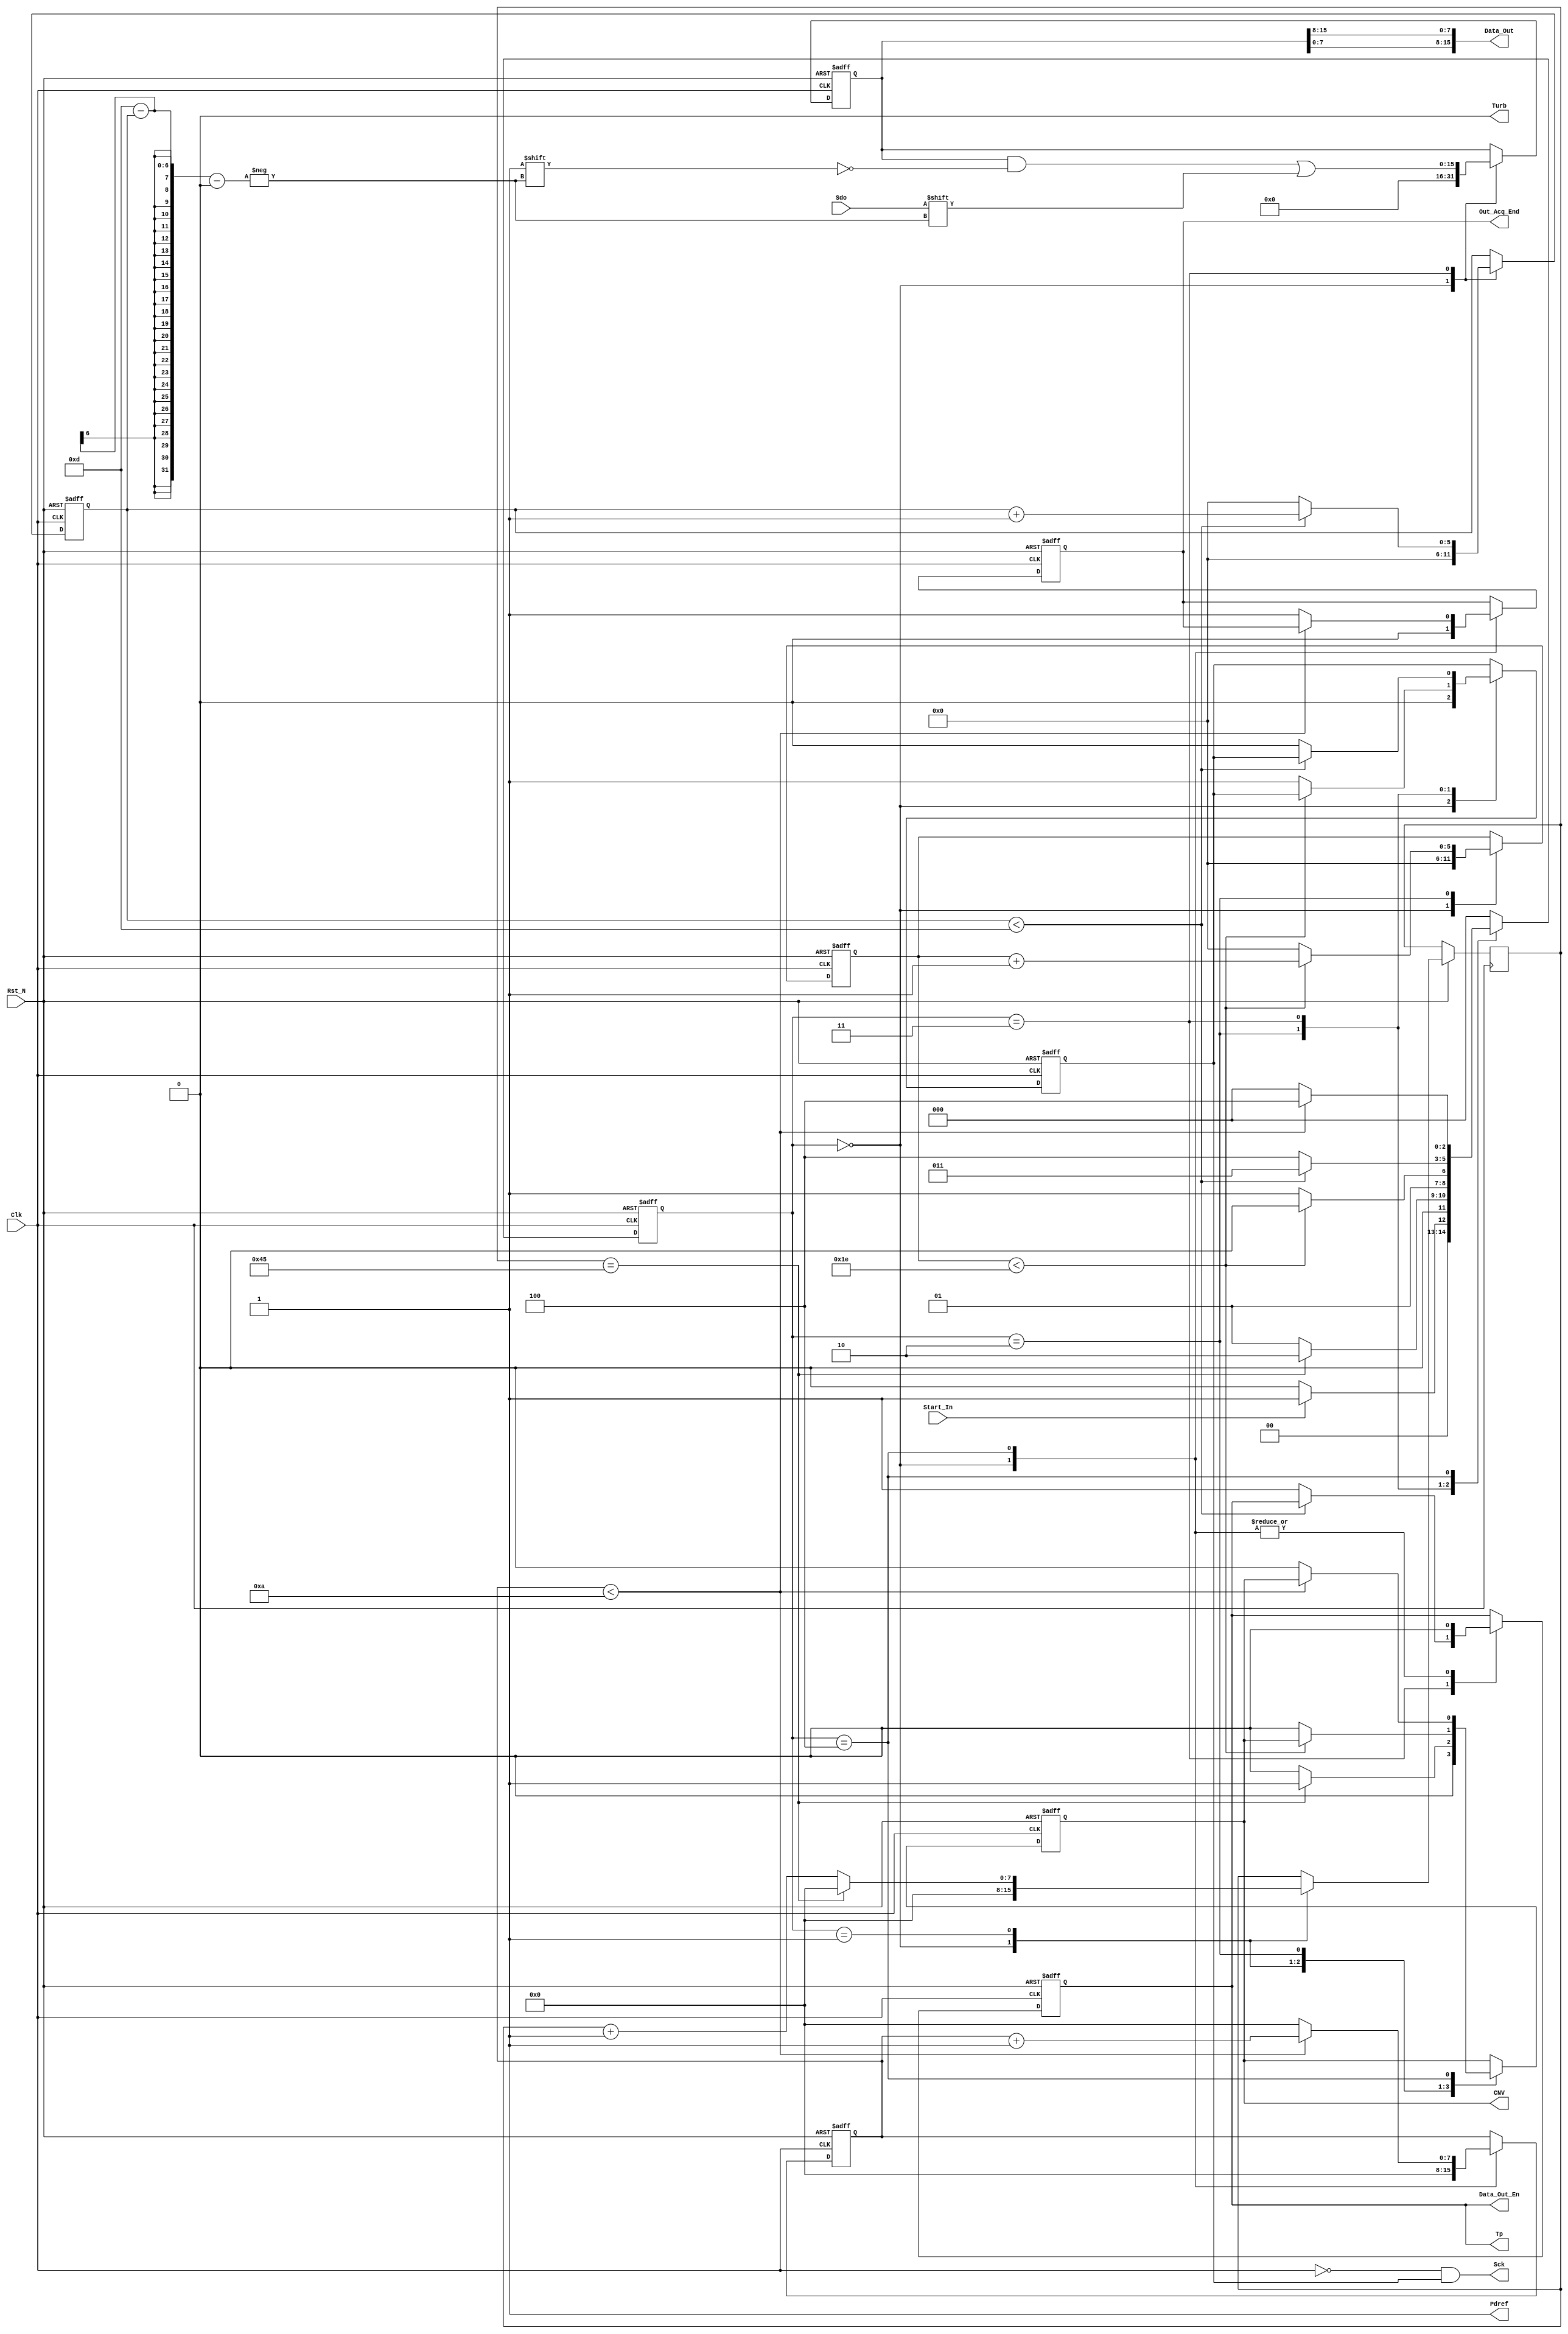
//Module of AD7944 acquicision controller
//Actel FPGA Smartfusion2 M2S050 FG484
//University of Science and Technology of China
//By Siyuanma 2016.3.8  
//PS: the first ADC controller I write
//Description:
//The ADC is working in the mode of /CS 3-Wire Without Busy Indicator
//3 State during one circulation: 1.Conversion 2. Acquisition 3. Compensation
//Time of Conversion (Tconv) min is 420ns 
//Time of ACQ (Tacq) min is 80ns
//Time of compasition is no limited
module ADC_AD7944 (
  input               Clk, //50MHz
  input               Rst_N,
  input               Start_In, //Start ADC
  //Test Signal
  output              Tp,
  //IO 2 ADC 
  input               Sdo,
  output              Turb,
  output reg          CNV,
  output              Pdref,
  output              Sck,
  output  [15:0]      Data_Out,
  output reg          Data_Out_En,
  output reg          Out_Acq_End
//for testing, can be canceled after testing
 // output [1:0] State_Now
  

);
reg [15:0] Data_Out_Of_ADC;
//for testing
assign                Pdref = 1'b1; // External Ref
assign                Turb = 1'b0; //Normal mode
reg [5:0]             Cnt_Conv;             //CNV 's rising edge start the convertion. so need a delay State to wait for VA Output to be stable.
reg [7:0]             Cnt_Delay; 
localparam [5:0]      Tconv = 6'd30; //>420 ns is demanded by ADC mannul.(if clk = 20ns = 21Cyc)But total time of Acq one time is demanded by VA. If Want to Change speed Just modify  TCOMP
localparam [7:0]      Tdelay= 8'd70; //Wait 70*20 = 1.4us
localparam [7:0]      TCOMP = 8'd10;
reg [5:0]             Cnt_Acq;
reg [7:0]             Cnt_Comp;
reg [5:0]             Cnt_Sdo; //change bit for DataOut to assignment

reg Sck_En;

//define States
localparam [2:0 ] STATE_IDLE = 3'd0,
                  STATE_DELAY= 3'd1,
                  STATE_CONV = 3'd2,
                  STATE_ACQ  = 3'd3,
                  STATE_COMP = 3'd4;
reg [2:0] State;
//define Data_Width
localparam [4:0] DATA_WIDTH = 5'd14;


//assign State_Now = State;
always @ (posedge Clk , negedge Rst_N) 
begin
  if(~Rst_N)
  begin
    Data_Out_Of_ADC                 <= 16'd0;
    Data_Out_En                     <= 1'd0;
    CNV                             <= 1'b0;
    Cnt_Sdo                         <= 6'd0;
    Sck_En                          <= 1'b0;
    Cnt_Conv                        <= 6'd0;
    Cnt_Acq                         <= 6'd0;
    Cnt_Comp                        <= 8'd0;
    State                           <= STATE_IDLE;
    Out_Acq_End                     <= 1'b0;
  end
  else 
  begin           //40+1+13+1+80+1 =  136*20 = 2720ns 
    case(State)
      STATE_IDLE:
        begin
           Data_Out_Of_ADC          <= 16'd0;
           Data_Out_En              <= 1'd0;
           CNV                      <= 1'b0;
           Cnt_Sdo                  <= 6'd0;
           Sck_En                   <= 1'b0;
           Cnt_Conv                 <= 6'd0;
           Cnt_Acq                  <= 6'd0;
           Cnt_Comp                 <= 8'd0;
           Out_Acq_End              <= 1'b0;
           Cnt_Delay                <= 8'd0;
           if(Start_In)
             begin
               State                  <=  STATE_DELAY;
             end  
           else
             begin
               State                  <=  STATE_IDLE;
             end  
        end  
      STATE_DELAY:
        begin
          if(Cnt_Delay        ==      Tdelay - 1'b1)
            begin
              State                 <=  STATE_CONV;
              Cnt_Delay             <=  8'd0;
              CNV                   <=  1'b1;
            end
          else
            begin
              State                 <=  STATE_DELAY;
              Cnt_Delay             <=  Cnt_Delay   +   1'b1;
              CNV                   <=  1'b0;
            end  
        end   
      STATE_CONV:  // 40
       begin
          
          if(Cnt_Conv < Tconv )
            begin
              State                     <= STATE_CONV;
              Cnt_Conv                  <= Cnt_Conv + 1'b1;
            end
          else 
             begin
              Cnt_Conv                  <= 6'd0;
              CNV                       <= 1'b0;
              Sck_En                    <= 1'b1;
              State                     <= STATE_ACQ; //1
             end
      end
      STATE_ACQ:
      begin
        Data_Out_Of_ADC[DATA_WIDTH - 1 - Cnt_Sdo] <= Sdo; //13
        if(Cnt_Sdo < DATA_WIDTH - 1)
        begin
          Cnt_Sdo                        <=  Cnt_Sdo + 1'b1;
          State                          <= STATE_ACQ;
        end
        else
        begin
          Cnt_Sdo                        <= 6'd0;   //1
          Data_Out_En                    <= 1'b1;
          Sck_En                         <= 1'b0;
          State                          <= STATE_COMP;
        end
      end
      STATE_COMP:    //10
      begin
        Data_Out_En                      <= 1'b0;
        if(Cnt_Comp < TCOMP)   
        begin
          Cnt_Comp                       <= Cnt_Comp + 1'b1;
          State                          <= STATE_COMP;
        end
        else
        begin     //1
          Cnt_Comp                       <= 8'd0;
          CNV                            <= 1'b0;
          Out_Acq_End                    <= 1'b1;
          State                          <= STATE_IDLE;
        end
      end
        default:State                    <= STATE_IDLE;
    endcase
  end
end
assign Sck = ~Clk & Sck_En; //define Sck. Enabled when En = 1 and reverse to Clk SCK is valid of negedge
assign Tp = Data_Out_En;
assign Data_Out[7:0] = Data_Out_Of_ADC[15:8];//Change the order of SCI data, because USB will change the order
assign Data_Out[15:8]= Data_Out_Of_ADC[7:0];
endmodule